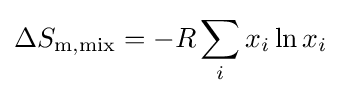
\Delta S_{\mathrm {m,mix} }=-R\sum _{i}x_{i}\ln x_{i}